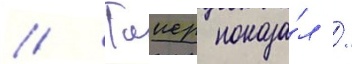
// Таиер показа́л /